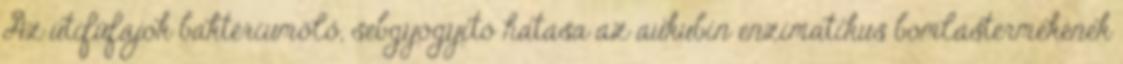
Az útifűfajok baktériumölő, sebgyógyító hatása az aukubin enzimatikus bomlástermékének